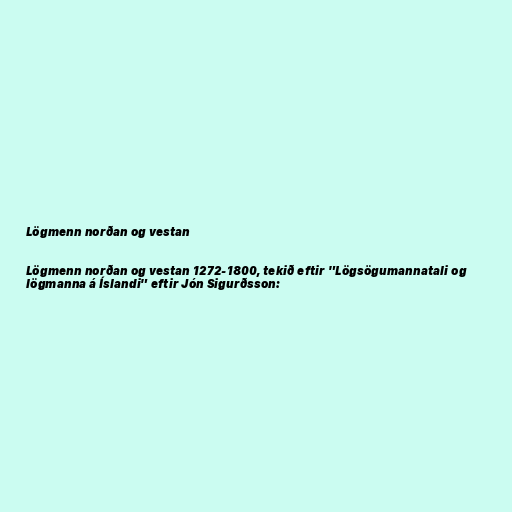
Lögmenn norðan og vestan

Lögmenn norðan og vestan 1272-1800, tekið eftir "Lögsögumannatali og
lögmanna á Íslandi" eftir Jón Sigurðsson: